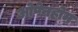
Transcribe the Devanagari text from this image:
ओपेनहोम